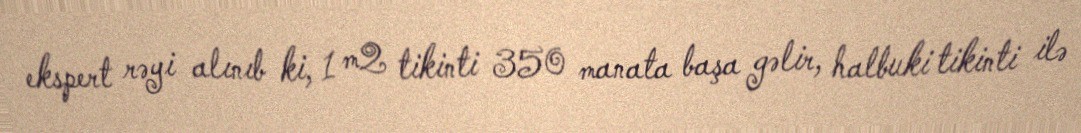
ekspert rəyi alınıb ki, 1 m2 tikinti 350 manata başa gəlir, halbuki tikinti ilə